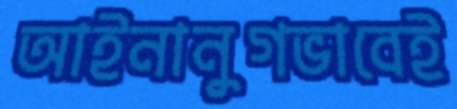
আইনানুগভাবেই